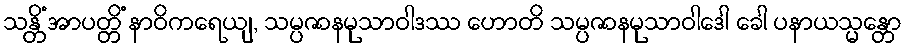
သန္တိံ အာပတ္တိံ နာဝိကရေယျ, သမ္ပဇာနမုသာဝါဒဿ ဟောတိ သမ္ပဇာနမုသာဝါဒေါ ခေါ ပနာယသ္မန္တော